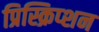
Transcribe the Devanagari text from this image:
प्रिस्क्रिप्शन